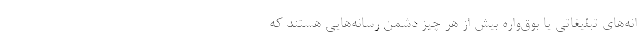
انه‌های تبلیغاتی یا بوق‌واره بیش از هر چیز دشمن رسانه‌هایی هستند که